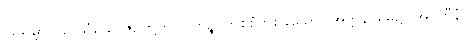
ဩရမ္ဘာဂိယ သံယောဇဉ်တို့တွင်။ ကိဉ္စိ၊ တစ်စုံတစ်ခုသော။ အတ္တနိ၊ မိမိ၌။ အပ္ပဟီနံ၊